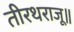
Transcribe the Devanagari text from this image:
तीरथराजू॥